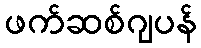
ဖက်ဆစ်ဂျပန်